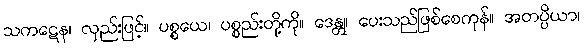
သကဋေန၊ လှည်းဖြင့်။ ပစ္စယေ၊ ပစ္စည်းတို့ကို။ ဒေန္တု၊ ပေးသည်ဖြစ်စေကုန်။ အတပ္ပိယာ၊